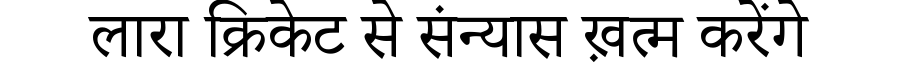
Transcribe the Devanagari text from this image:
लारा क्रिकेट से संन्यास ख़त्म करेंगे